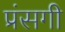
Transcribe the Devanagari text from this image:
प्रंसगी